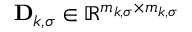
\mathbf { D } _ { k , \sigma } \in \mathbb { R } ^ { m _ { k , \sigma } \times m _ { k , \sigma } }